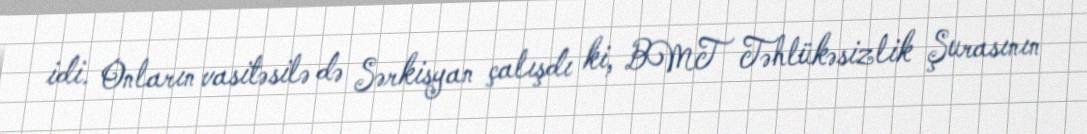
idi. Onların vasitəsilə də Sərkisyan çalışdı ki, BMT Təhlükəsizlik Şurasının